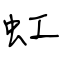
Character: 虹